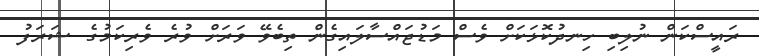
ރައީސްކަން ނުލިބި ހިނދުކޮޅަކަށް ވެސް މަޑުޖައްސާލައިގެން ތިބެވޭ ވަރަށް ވުރެ ވެރިކަމުގެ ޝަރަފު